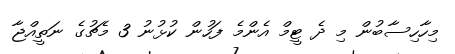
މިހާހިސާބުން މި ދެ ޓީމް އެންމެ ފަހުން ކުޅުނު 3 މެޗުގެ ނަތީއްޖާ